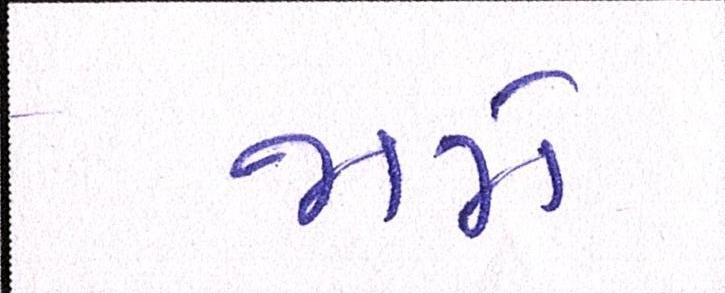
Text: જામે